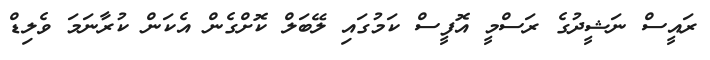
ރައީސް ނަޝީދުގެ ރަސްމީ އޮފީސް ކަމުގައި ލޭބަލް ކޮށްގެން އެކަން ކުރާނަމަ ވެލިޑް